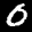
Label: 0